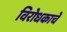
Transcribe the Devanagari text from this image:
विरोधकाचे